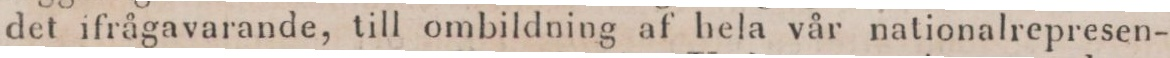
det ifrågavarande, till ombildning af hela vår nationalrepresen-